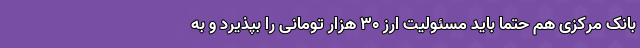
بانک مرکزی هم حتما باید مسئولیت ارز 30 هزار تومانی را بپذیرد و به